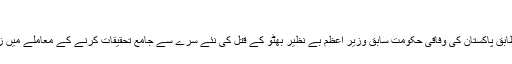
| حالات حاضرہ | DW | 17.04.2010
سیاسی و عسکری امور کے ماہرین کے مطابق پاکستان کی وفاقی حکومت سابق وزیر اعظم بے نظیر بھٹو کے قتل کی نئے سرے سے جامع تحقیقات کرنے کے معاملے میں زیادہ دلچسپی لیتی دکھائی نہیں دے رہی ہے۔